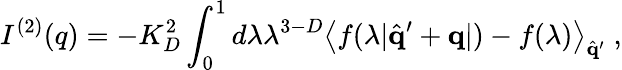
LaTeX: I^{(2)}(q)=-K_{D}^{2}\int_{0}^{1}d\lambda\lambda^{3-D}\left\langle f(\lambda|\hat{\mathbf{q}}^{\prime}+{\mathbf{q}}|)-f(\lambda)\right\rangle_{\hat{\mathbf{q}}^{\prime}}\; ,